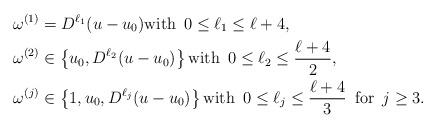
LaTeX: \begin{align*}\omega^{(1)} &= D^{\ell_1} (u-u_0) \mbox{with } \, 0 \le \ell_1 \le \ell+4,\\\omega^{(2)} &\in \left\{u_0, D^{\ell_2} (u-u_0)\right\} \mbox{with } \, 0 \le \ell_2 \le \frac{\ell+4}{2},\\\omega^{(j)} &\in \left\{1, u_0, D^{\ell_j} (u-u_0)\right\} \mbox{with } \, 0 \le \ell_j \le \frac{\ell+4}{3} \, \mbox{ for } \, j \ge 3.\end{align*}